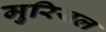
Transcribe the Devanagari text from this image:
मुरियल